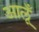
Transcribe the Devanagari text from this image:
आलूँ